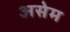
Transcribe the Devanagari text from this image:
असेम